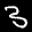
Label: 3